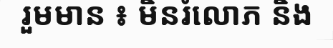
រួមមាន ៖ មិនរំលោភ និង